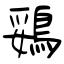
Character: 鵎